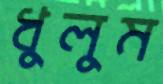
ধুলুম